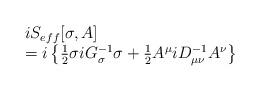
LaTeX: \begin{align*}\begin{array}{ll}iS_{eff}[\sigma,A]&\hspace*{21em}\\=i\left\{ \frac12 \sigma iG^{-1}_{\sigma} \sigma + \frac12 A^\mu iD^{-1}_{\mu \nu} A^\nu\right\}&\hspace*{21em}\end{array}\end{align*}